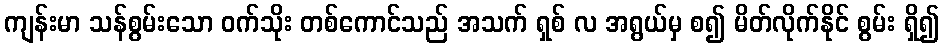
ကျန်းမာ သန်စွမ်းသော ဝက်သိုး တစ်ကောင်သည် အသက် ရှစ် လ အရွယ်မှ စ၍ မိတ်လိုက်နိုင် စွမ်း ရှိ၍